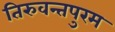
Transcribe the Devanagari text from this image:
तिरुवन्तपुरम